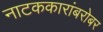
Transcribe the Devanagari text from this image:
नाटककारांबरोबर